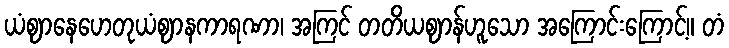
ယံဈာနေဟေတုယံဈာနကာရဏာ၊ အကြင် တတိယဈာန်ဟူသော အကြောင်းကြောင့်။ တံ